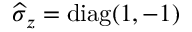
\widehat { \sigma } _ { z } = \mathrm { d i a g } ( 1 , - 1 )